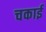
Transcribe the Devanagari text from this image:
चकाई